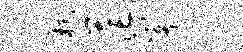
棕茫峥